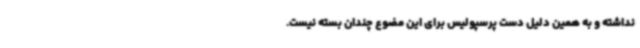
نداشته و به همین دلیل دست پرسپولیس برای این مضوع چندان بسته نیست.